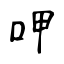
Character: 呷